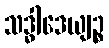
သဒ္ဓါဒေယျဉ္စ